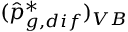
( \hat { p } _ { g , d i f } ^ { * } ) _ { V B }